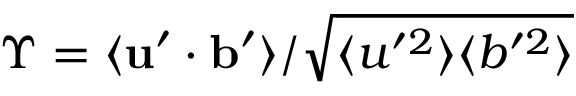
\Upsilon = \langle \mathbf { u } ^ { \prime } \cdot \mathbf { b } ^ { \prime } \rangle / \sqrt { \langle u ^ { \prime 2 } \rangle \langle b ^ { \prime 2 } \rangle }